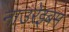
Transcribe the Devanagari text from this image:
नाउरेइबम